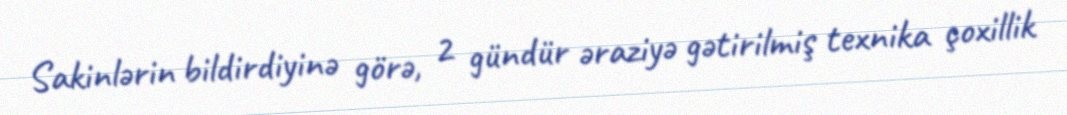
Sakinlərin bildirdiyinə görə, 2 gündür əraziyə gətirilmiş texnika çoxillik